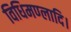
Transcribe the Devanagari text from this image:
विधिमण्लादि।